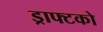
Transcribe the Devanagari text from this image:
ड्राफ्टको